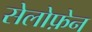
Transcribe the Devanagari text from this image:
सेलोफ़ेन